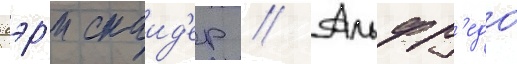
Гэр'и снаид'ер // Альфр'едо